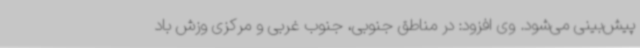
پیش‌بینی می‌شود. وی افزود: در مناطق جنوبی، جنوب غربی و مرکزی وزش باد